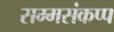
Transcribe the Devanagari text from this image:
सम्मसंकप्प